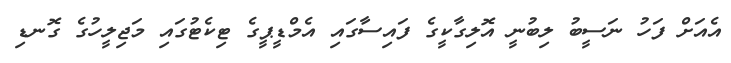
އެއަށް ފަހު ނަސީބު ލިބުނީ އޮލިގާކީގެ ފައިސާގައި އެމްޑީޕީގެ ޓިކެޓުގައި މަޖިލީހުގެ ގޮނޑި